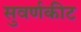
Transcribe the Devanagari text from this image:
सुवर्णकीट